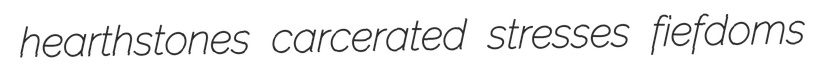
hearthstones carcerated stresses fiefdoms